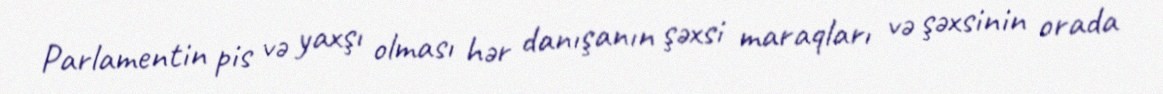
Parlamentin pis və yaxşı olması hər danışanın şəxsi maraqları və şəxsinin orada